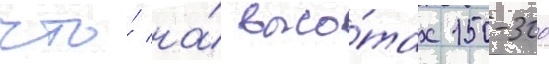
что́ на́ высо́тах 150-300